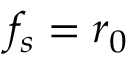
f _ { s } = r _ { 0 }